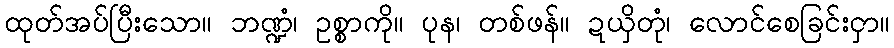
ထုတ်အပ်ပြီးသော။ ဘဏ္ဍံ၊ ဥစ္စာကို။ ပုန၊ တစ်ဖန်။ ဍယှိတုံ၊ လောင်စေခြင်းငှာ။